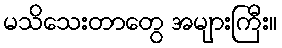
မသိသေးတာတွေ အများကြီး။